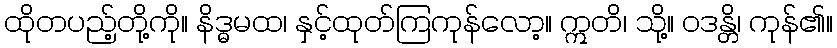
ထိုတပည့်တို့ကို။ နိဒ္ဓမထ၊ နှင့်ထုတ်ကြကုန်လော့။ ဣတိ၊ သို့။ ဝဒန္တိ၊ ကုန်၏။